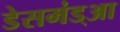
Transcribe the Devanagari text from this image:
डेसमंड्आ